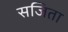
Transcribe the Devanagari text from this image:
सजिता